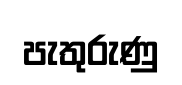
පැතුරුණු